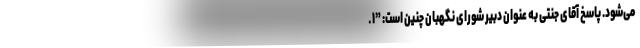
می‌شود. پاسخ آقای جنتی به عنوان دبیر شورای نگهبان چنین است: ”۱ ـ